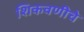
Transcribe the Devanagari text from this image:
शिकवणीचे